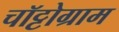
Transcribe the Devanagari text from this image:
चॉट्टोग्राम